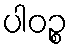
ပါဝဉ္စ